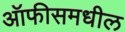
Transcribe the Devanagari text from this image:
ऑफीसमधील